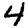
Digit: 4